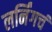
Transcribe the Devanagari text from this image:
लर्निंगचं